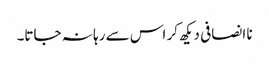
نا انصافی دیکھ کر اس سے رہا نہ جاتا۔